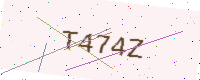
Text: T474Z